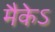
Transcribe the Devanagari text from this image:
मैकेऽ